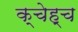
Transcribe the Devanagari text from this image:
क्चेह्च